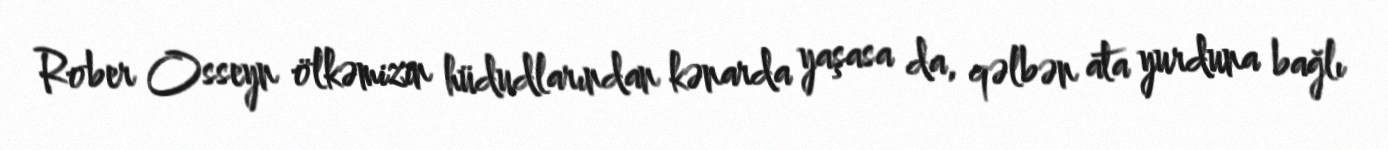
Rober Osseyn ölkəmizin hüdudlarından kənarda yaşasa da, qəlbən ata yurduna bağlı